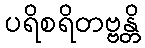
ပရိစရိတဗ္ဗန္တိ